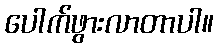
ပေါက်ဖွားလာတာပါ။